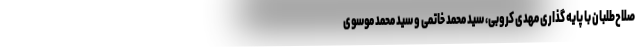
صلاح‌طلبان با پایه گذاری مهدی کروبی، سید محمد خاتمی و سید محمد موسوی